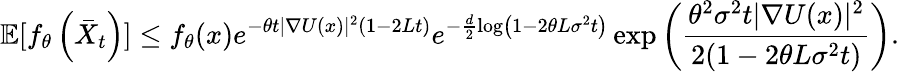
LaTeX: \mathbb{E}[f_{\theta}\left(\bar{X}_{t}\right)]\le f_{\theta}(x)e^{-\theta t|\nabla U(x)|^{2}(1-2Lt)}e^{-\frac{d}{2}\log\left(1-2\theta L\sigma^{2}t\right)}\exp\left(\frac{\theta^{2}\sigma^{2}t|\nabla U(x)|^{2}}{2(1-2\theta L\sigma^{2}t)}\right).